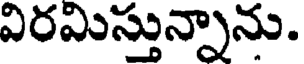
విరమిస్తున్నాను.